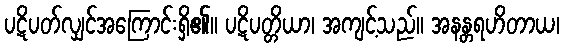
ပဋိပတ်လျှင်အကြောင်းရှိ၏။ ပဋိပတ္တိယာ၊ အကျင့်သည်။ အနန္တရဟိတာယ၊